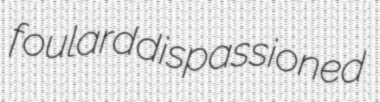
foulard dispassioned